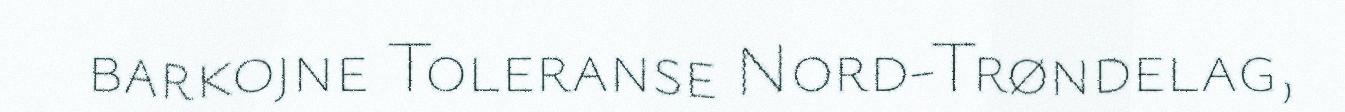
barkojne Toleranse Nord-Trøndelag,